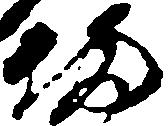
備